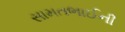
સામતભાઈની